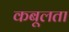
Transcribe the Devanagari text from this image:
कबूलता